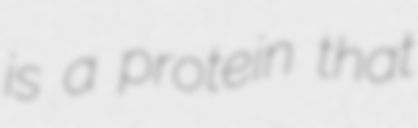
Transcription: is a protein that